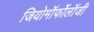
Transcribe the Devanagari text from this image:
जियोमॉर्फोलॉजी